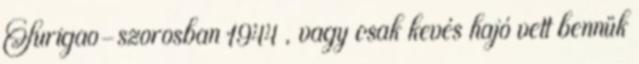
Surigao-szorosban 1944 , vagy csak kevés hajó vett bennük